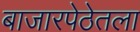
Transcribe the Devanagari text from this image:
बाजारपेठेतला